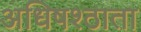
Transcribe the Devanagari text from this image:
अधिषश्ठाता